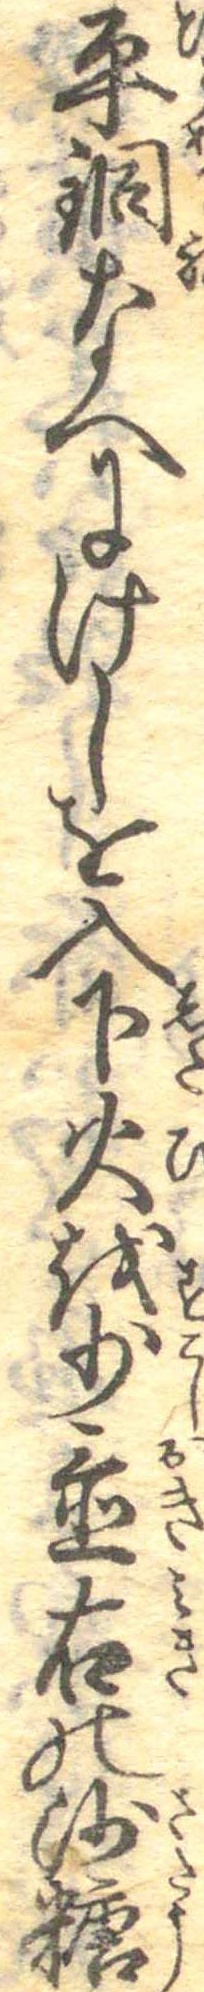
平銅なへにけしを入下火を少置右の沙糖